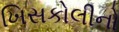
ખિસકોલીનો